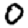
Digit: 0